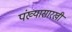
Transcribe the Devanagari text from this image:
पंख्यासारखी